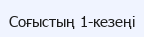
Соғыстың 1-кезеңі